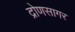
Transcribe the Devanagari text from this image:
द्रोणसागर